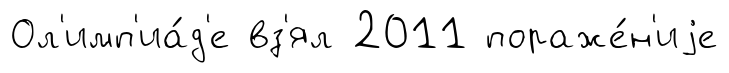
Ол'имп'иа́д'е вз'ял 2011 пораже́н'иjе